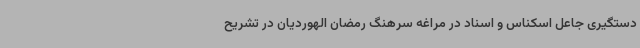
دستگیری جاعل اسکناس و اسناد در مراغه سرهنگ رمضان الهوردیان در تشریح